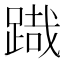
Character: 𮛯